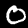
Label: 0